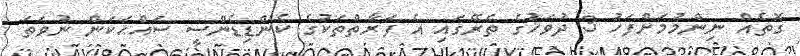
ގޮތެއް ނިންމުމަށްފަހު 3 ދުވަހުގެ ތެރޭގައި އެ ފަރާތްތަކުގެ ކެންޑިޑެންސީ ސައްޙަކަން ނުވަތަ